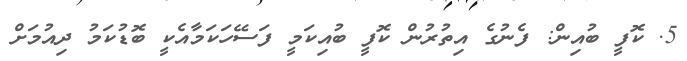
5. ކޮފީ ބުއިން: ފެނުގެ އިތުރުން ކޮފީ ބުއިކަމީ ފަސޭހަކަމާއެކީ ބޮޑުކަމު ދިއުމަށް